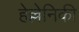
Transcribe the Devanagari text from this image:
हेल्लेनिकी